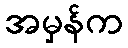
အမှန်က